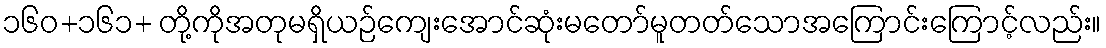
၁၆၀+၁၆၁+ တို့ကိုအတုမရှိယဉ်ကျေးအောင်ဆုံးမတော်မူတတ်သောအကြောင်းကြောင့်လည်း။